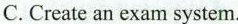
C.Create an exam system.